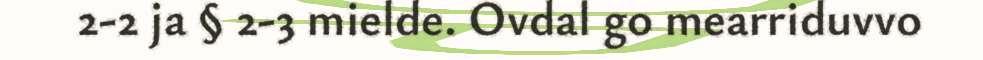
2-2 ja § 2-3 mielde. Ovdal go mearriduvvo